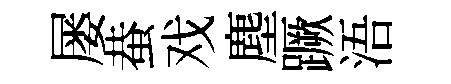
屡蛬戏塵蹶浯